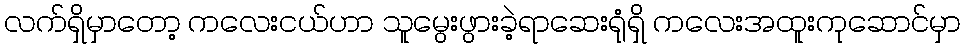
လက်ရှိမှာတော့ ကလေးငယ်ဟာ သူမွေးဖွားခဲ့ရာဆေးရုံရှိ ကလေးအထူးကုဆောင်မှာ